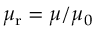
\mu _ { \mathrm { r } } = \mu / \mu _ { 0 }